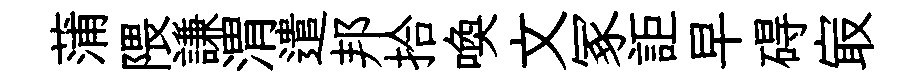
蒲隈謙渭遣邦拾喚文冢詎早碍㝡